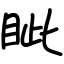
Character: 眦